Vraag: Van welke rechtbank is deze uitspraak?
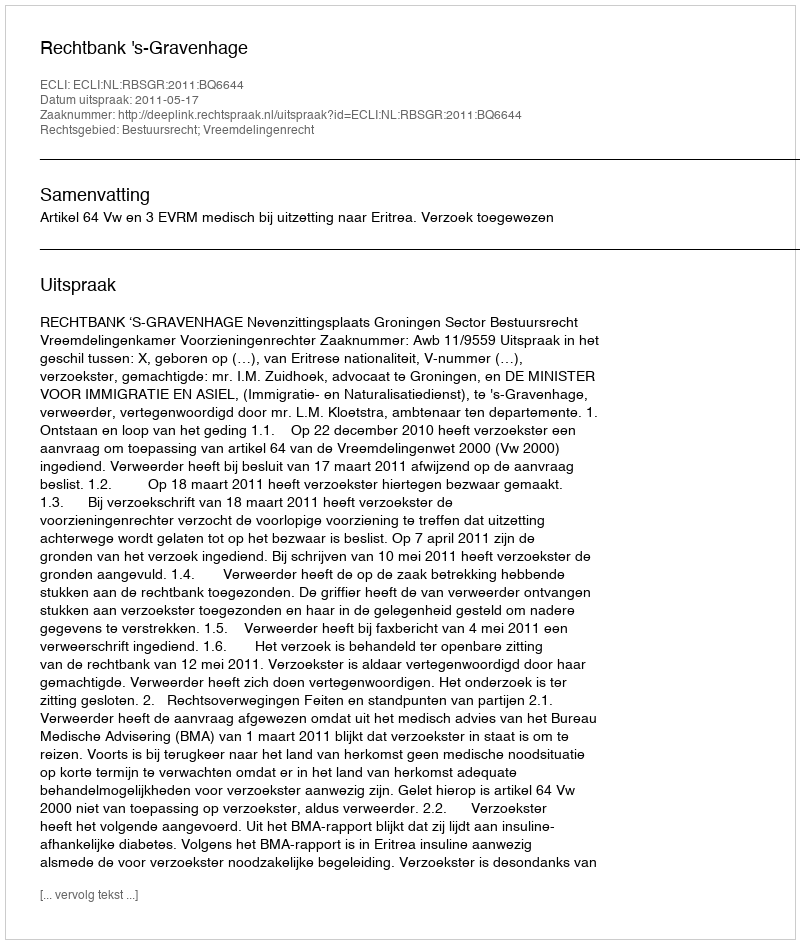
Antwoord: Rechtbank 's-Gravenhage